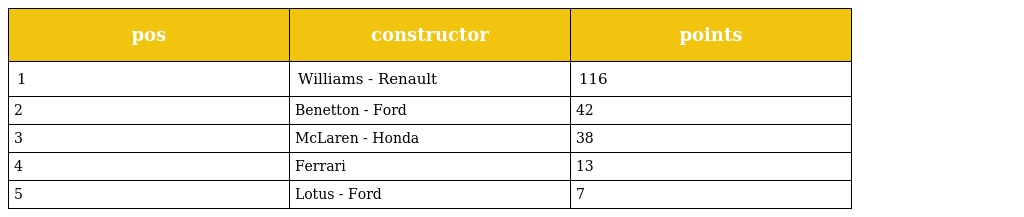
| pos | constructor | points |
 | --- | --- | --- |
 | 1 | Williams - Renault | 116 |
 | 2 | Benetton - Ford | 42 |
 | 3 | McLaren - Honda | 38 |
 | 4 | Ferrari | 13 |
 | 5 | Lotus - Ford | 7 |